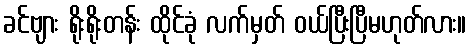
ခင်ဗျား ရိုးရိုးတန်း ထိုင်ခုံ လက်မှတ် ဝယ်ပြီးပြီမဟုတ်လား။